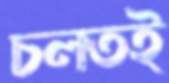
চলতই